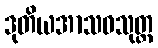
ဒုတိယအာသဝသုတ္တ